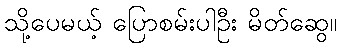
သို့ပေမယ့် ပြောစမ်းပါဦး မိတ်ဆွေ။